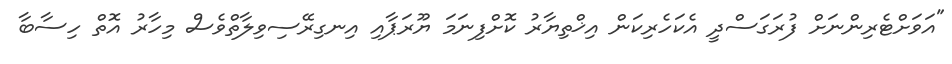
"އަވަށްޓެރިންނަށް ފުރަގަސްދީ އެކަހެރިކަން އިޚްތިޔާރު ކޮށްފިނަމަ ޔޫރަޕާއި އިނގިރޭސިވިލާތްވެސް މިހާރު އޮތް ހިސާބާ